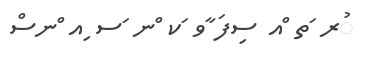
ުރ ަތ ްއ ސިފަ ާވ ަކ ްނ ަސ ިއ ްނސް